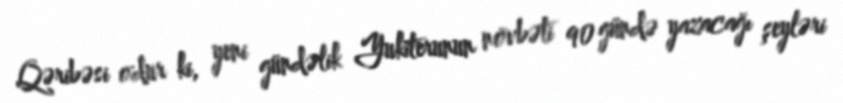
Qəribəsi odur ki, yeni gündəlik Yukiterunun növbəti 90 gündə yazacağı şeyləri